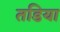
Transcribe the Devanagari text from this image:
तडिया